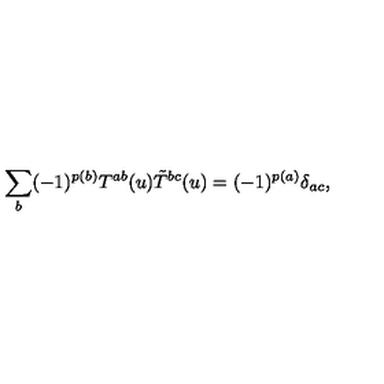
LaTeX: \sum _ { b } ( - 1 ) ^ { p ( b ) } T ^ { a b } ( u ) \tilde { T } ^ { b c } ( u ) = ( - 1 ) ^ { p ( a ) } \delta _ { a c } ,